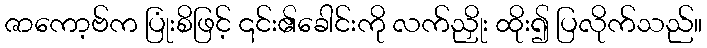
ဇာကော့ဗ်က ပြုံးစိဖြင့် ၎င်း၏ခေါင်းကို လက်ညှိုး ထိုး၍ ပြလိုက်သည်။